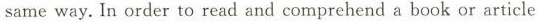
same way. In order to read and comprehend a book or article